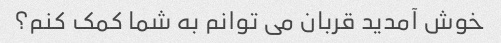
خوش آمدید قربان می توانم به شما کمک کنم؟